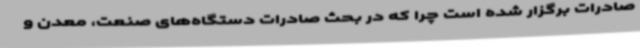
صادرات برگزار شده است چرا که در بحث صادرات دستگاه‌های صنعت، معدن و